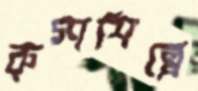
রুগ্ণশিল্পে